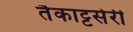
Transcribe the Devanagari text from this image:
तैकाट्टसेरी